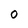
Character: O